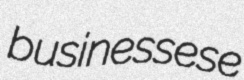
businessese